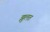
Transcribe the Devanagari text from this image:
झुलत